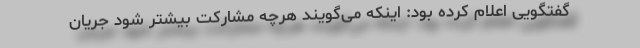
گفتگویی اعلام کرده بود: اینکه می‌گویند هرچه مشارکت بیشتر شود جریان